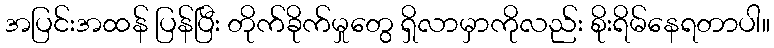
အပြင်းအထန် ပြန်ပြီး တိုက်ခိုက်မှုတွေ ရှိလာမှာကိုလည်း စိုးရိမ်နေရတာပါ။